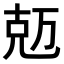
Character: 𠒐